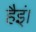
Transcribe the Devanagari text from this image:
हैइं।